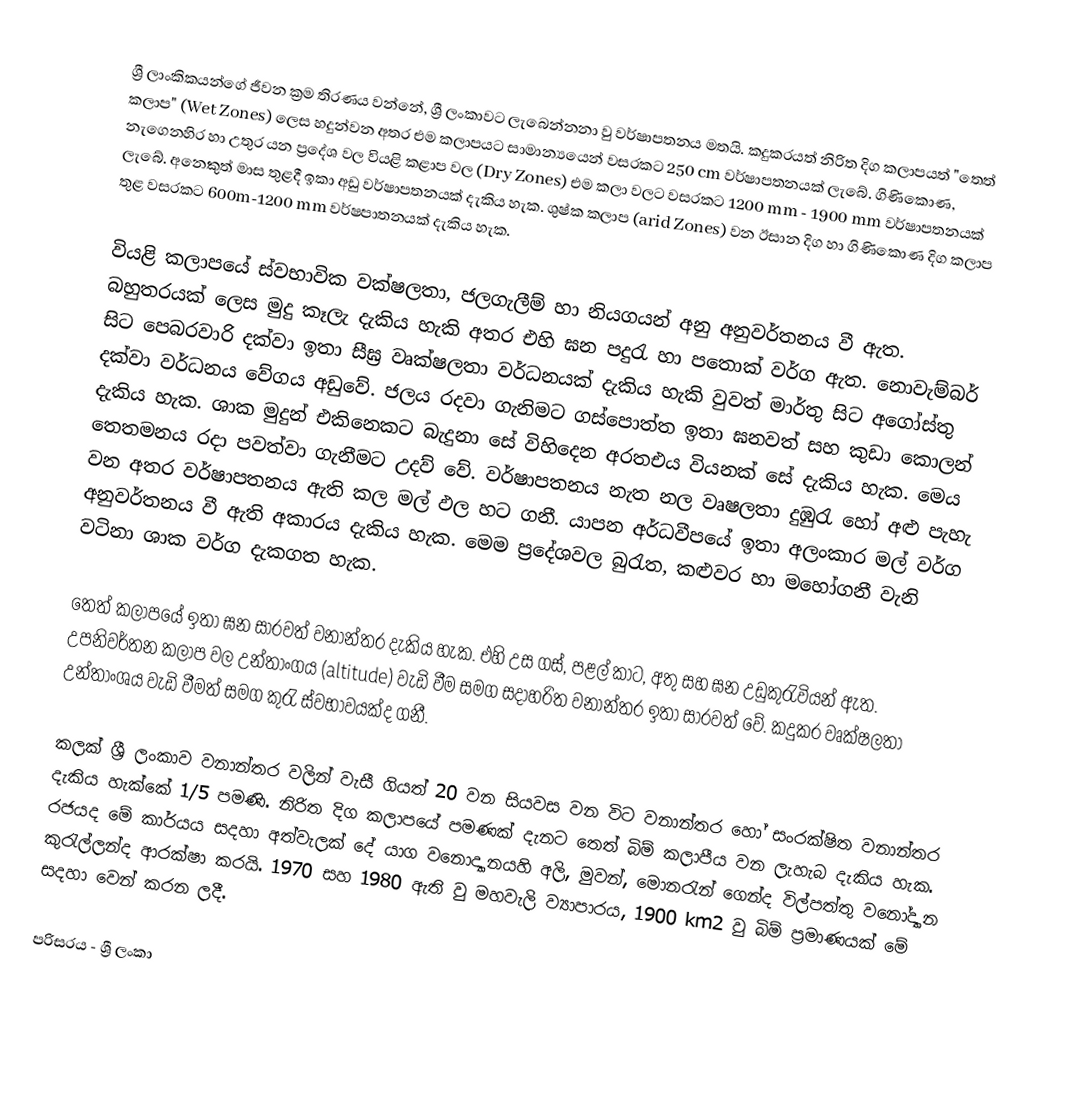
ශ්‍රී ලාංකිකයන්ගේ ජීවන ක්‍රම තිරණය වන්නේ, ශ්‍රී ලංකාවට ලැබෙන්නනා වු වර්ෂාපතනය මතයි. කදුකරයත් නිරිත දිග කලාපයත් "තෙත් කලාප" (Wet Zones) ලෙස හදුන්වන අතර එම කලාපයට සාමාන්‍යයෙන් වසරකට 250 cm වර්ෂාපතනයක් ලැබේ. ගිණිකොණ, නැගෙනහිර හා උතුර යන ප්‍රදේශ වල වියළි කළාප වල (Dry Zones)  එම කලා වලට වසරකට 1200 mm - 1900 mm  වර්ෂාපතනයක් ලැබේ. අනෙකුත් මාස තුළදී ඉකා අඩු වර්ෂාපතනයක් දැකිය හැක. ශුෂ්ක කලාප (arid Zones) වන ඊසාන දිග හා ගිණිකොණ දිග කලාප තුළ වසරකට  600m-1200 mm වර්ෂපාතනයක් දැකිය හැක.

	වියළි කලාපයේ ස්වභාවික වක්ෂලතා, ජලගැලීම් හා නියගයන් අනු අනුවර්තනය වී ඇත. බහුතරයක් ලෙස මුදු කෑලැ දැකිය හැකි අතර එහි ඝන පදුරැ හා පතොක් වර්ග ඇත. නොවැම්බර් සිට පෙබරවාරි දක්වා ඉතා සීඝ්‍ර වෘක්ෂලතා වර්ධනයක් දැකිය හැකි වුවත් මාර්තු සිට අගෝස්තු දක්වා වර්ධනය වේගය අඩුවේ. ජලය රදවා ගැනිමට ගස්පොත්ත ඉතා ඝනවත් සහ කුඩා කොලන් දැකිය හැක. ශාක මුදුන් එකිනෙකට බැදුනා සේ විහිදෙන අරතඑය වියනක් සේ දැකිය හැක. මෙය තෙතමනය රදා පවත්වා ගැනීමට උදව් වේ. වර්ෂාපතනය නැත නල වෘෂලතා දුඹුරැ හෝ අළු පැහැ වන අතර වර්ෂාපතනය ඇති කල මල් ඵල හට ගනී. යාපන අර්ධවීපයේ ඉතා අලංකාර මල් වර්ග අනුවර්තනය වී ඇති අකාරය දැකිය හැක. මෙම ප්‍රදේශවල බුරැත, කළුවර හා මහෝගනී වැනි වටිනා ශාක වර්ග දැකගත හැක.

	තෙත් කලාපයේ ඉතා ඝන සාරවත් වනාන්තර දැකිය හැක. එහි උස ගස්, පළල් කාට, අතු සහ ඝන උඩුකුරැවියන් ඇත. උපනිවර්තන කලාප වල උන්තාංගය (altitude) වැඩි වීම සමග සදාහරිත වනාන්තර ඉතා සාරවත් වේ. කදුකර වෘක්ෂලතා උන්තාංශය වැඩි වීමත් සමග කුරැ ස්වභාවයක්ද ගනී.

	කලක් ශ්‍රී ලංකාව වනාන්තර වලින් වැසී ගියත් 20 වන සියවස වන විට වනාන්තර හෝ සංරක්ෂිත වනාන්තර දැකිය හැක්කේ 1/5 පමණි. නිරිත දිග කලාපයේ පමණක් දැනට තෙත් බිම් කලාපීය වන ලැහැබ දැකිය හැක. රජයද මේ කාර්යය සදහා අත්වැලක් දේ  යාග වනොද්‍යානයහි අලි, මුවන්, මොනරැන් ගෙන්ද විල්පත්තු වනෝද්‍යාන කුරැල්ලන්ද ආරක්ෂා කරයි. 1970 සහ 1980 ඇති වු මහවැලි ව්‍යාපාරය, 1900 km2 වු බිම් ප්‍රමාණයක් මේ සදහා වෙන් කරන ලදී.

පරිසරය - ශ්‍රී ලංකා